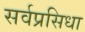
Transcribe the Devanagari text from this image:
सर्वप्रसिधा